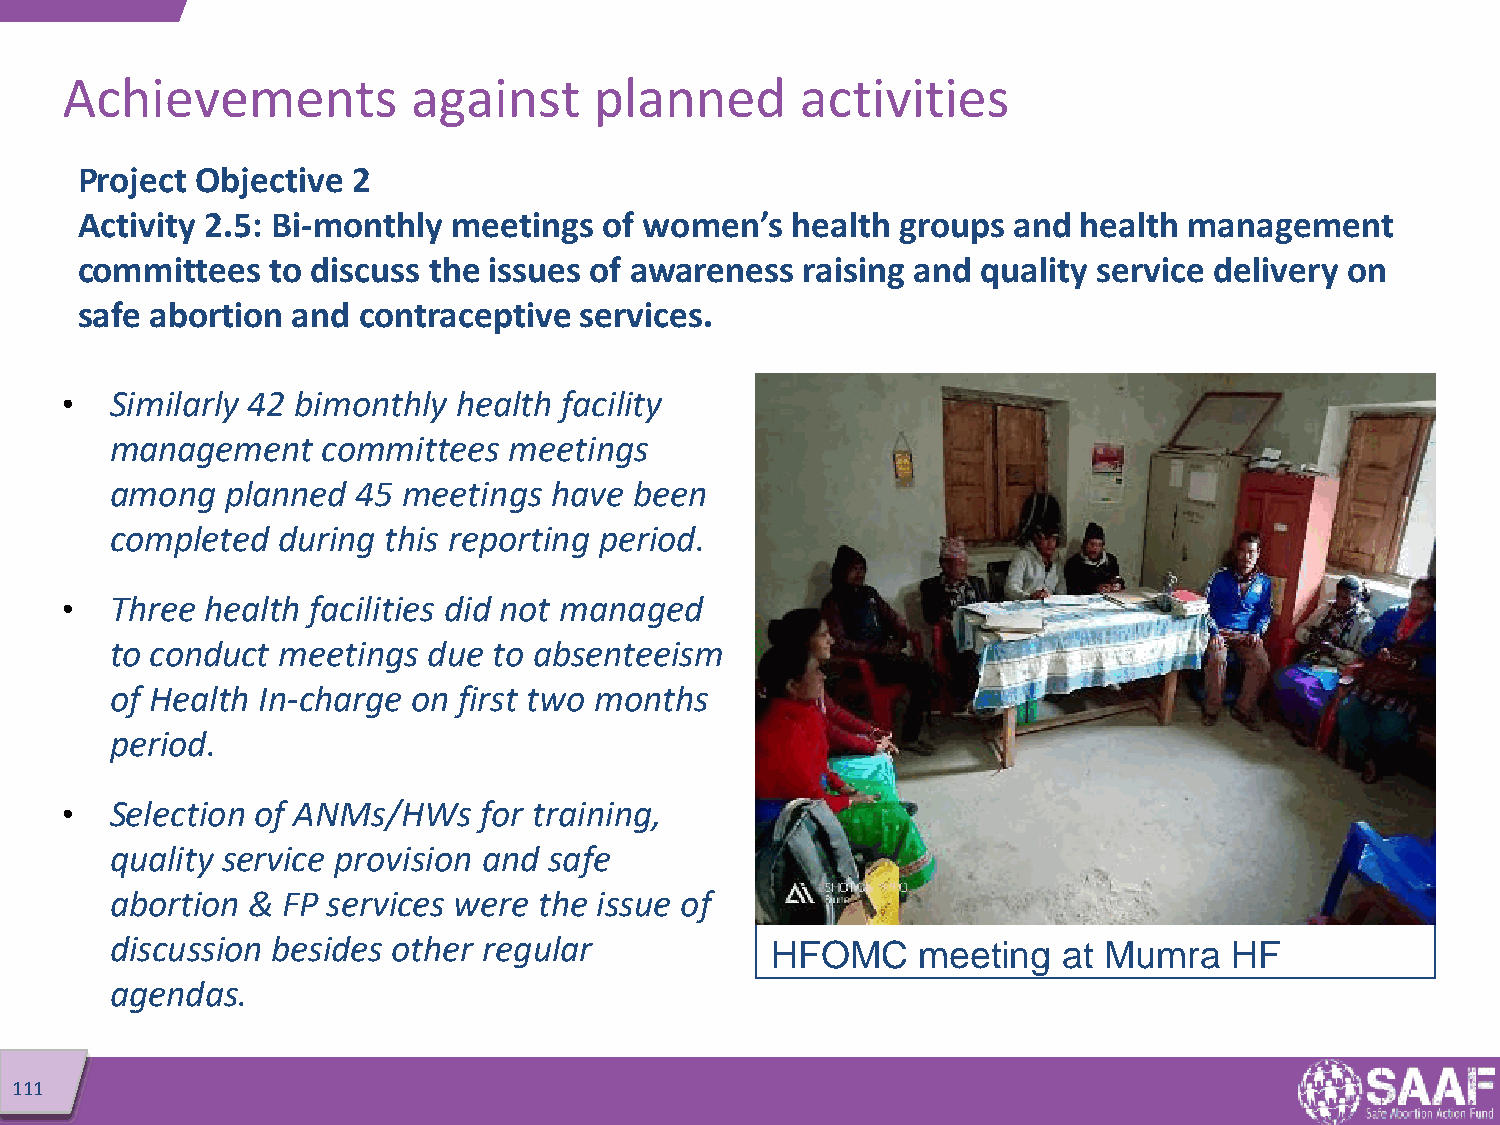
Achievements           against     planned       activities
 Project Objective 2
 Activity 2.5: Bi-monthly meetings  of women’s  health  groups and health  management
 committees   to discuss the issues of awareness raising and quality service delivery on
 safe abortion and  contraceptive services.
 •  Similarly 42 bimonthly health facility
 management    committees   meetings
 among   planned  45 meetings have  been
 completed  during this reporting period.
 •  Three  health facilities did not managed
 to conduct meetings  due  to absenteeism
 of Health In-charge on first two months
 period.
 •  Selection of ANMs/HWs    for training,
 quality service provision and safe
 abortion &  FP services were the issue of
 discussion besides other regular            HFOMC     meeting  at Mumra    HF
 agendas.
 111